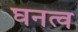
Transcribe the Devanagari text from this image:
घनत्‍व